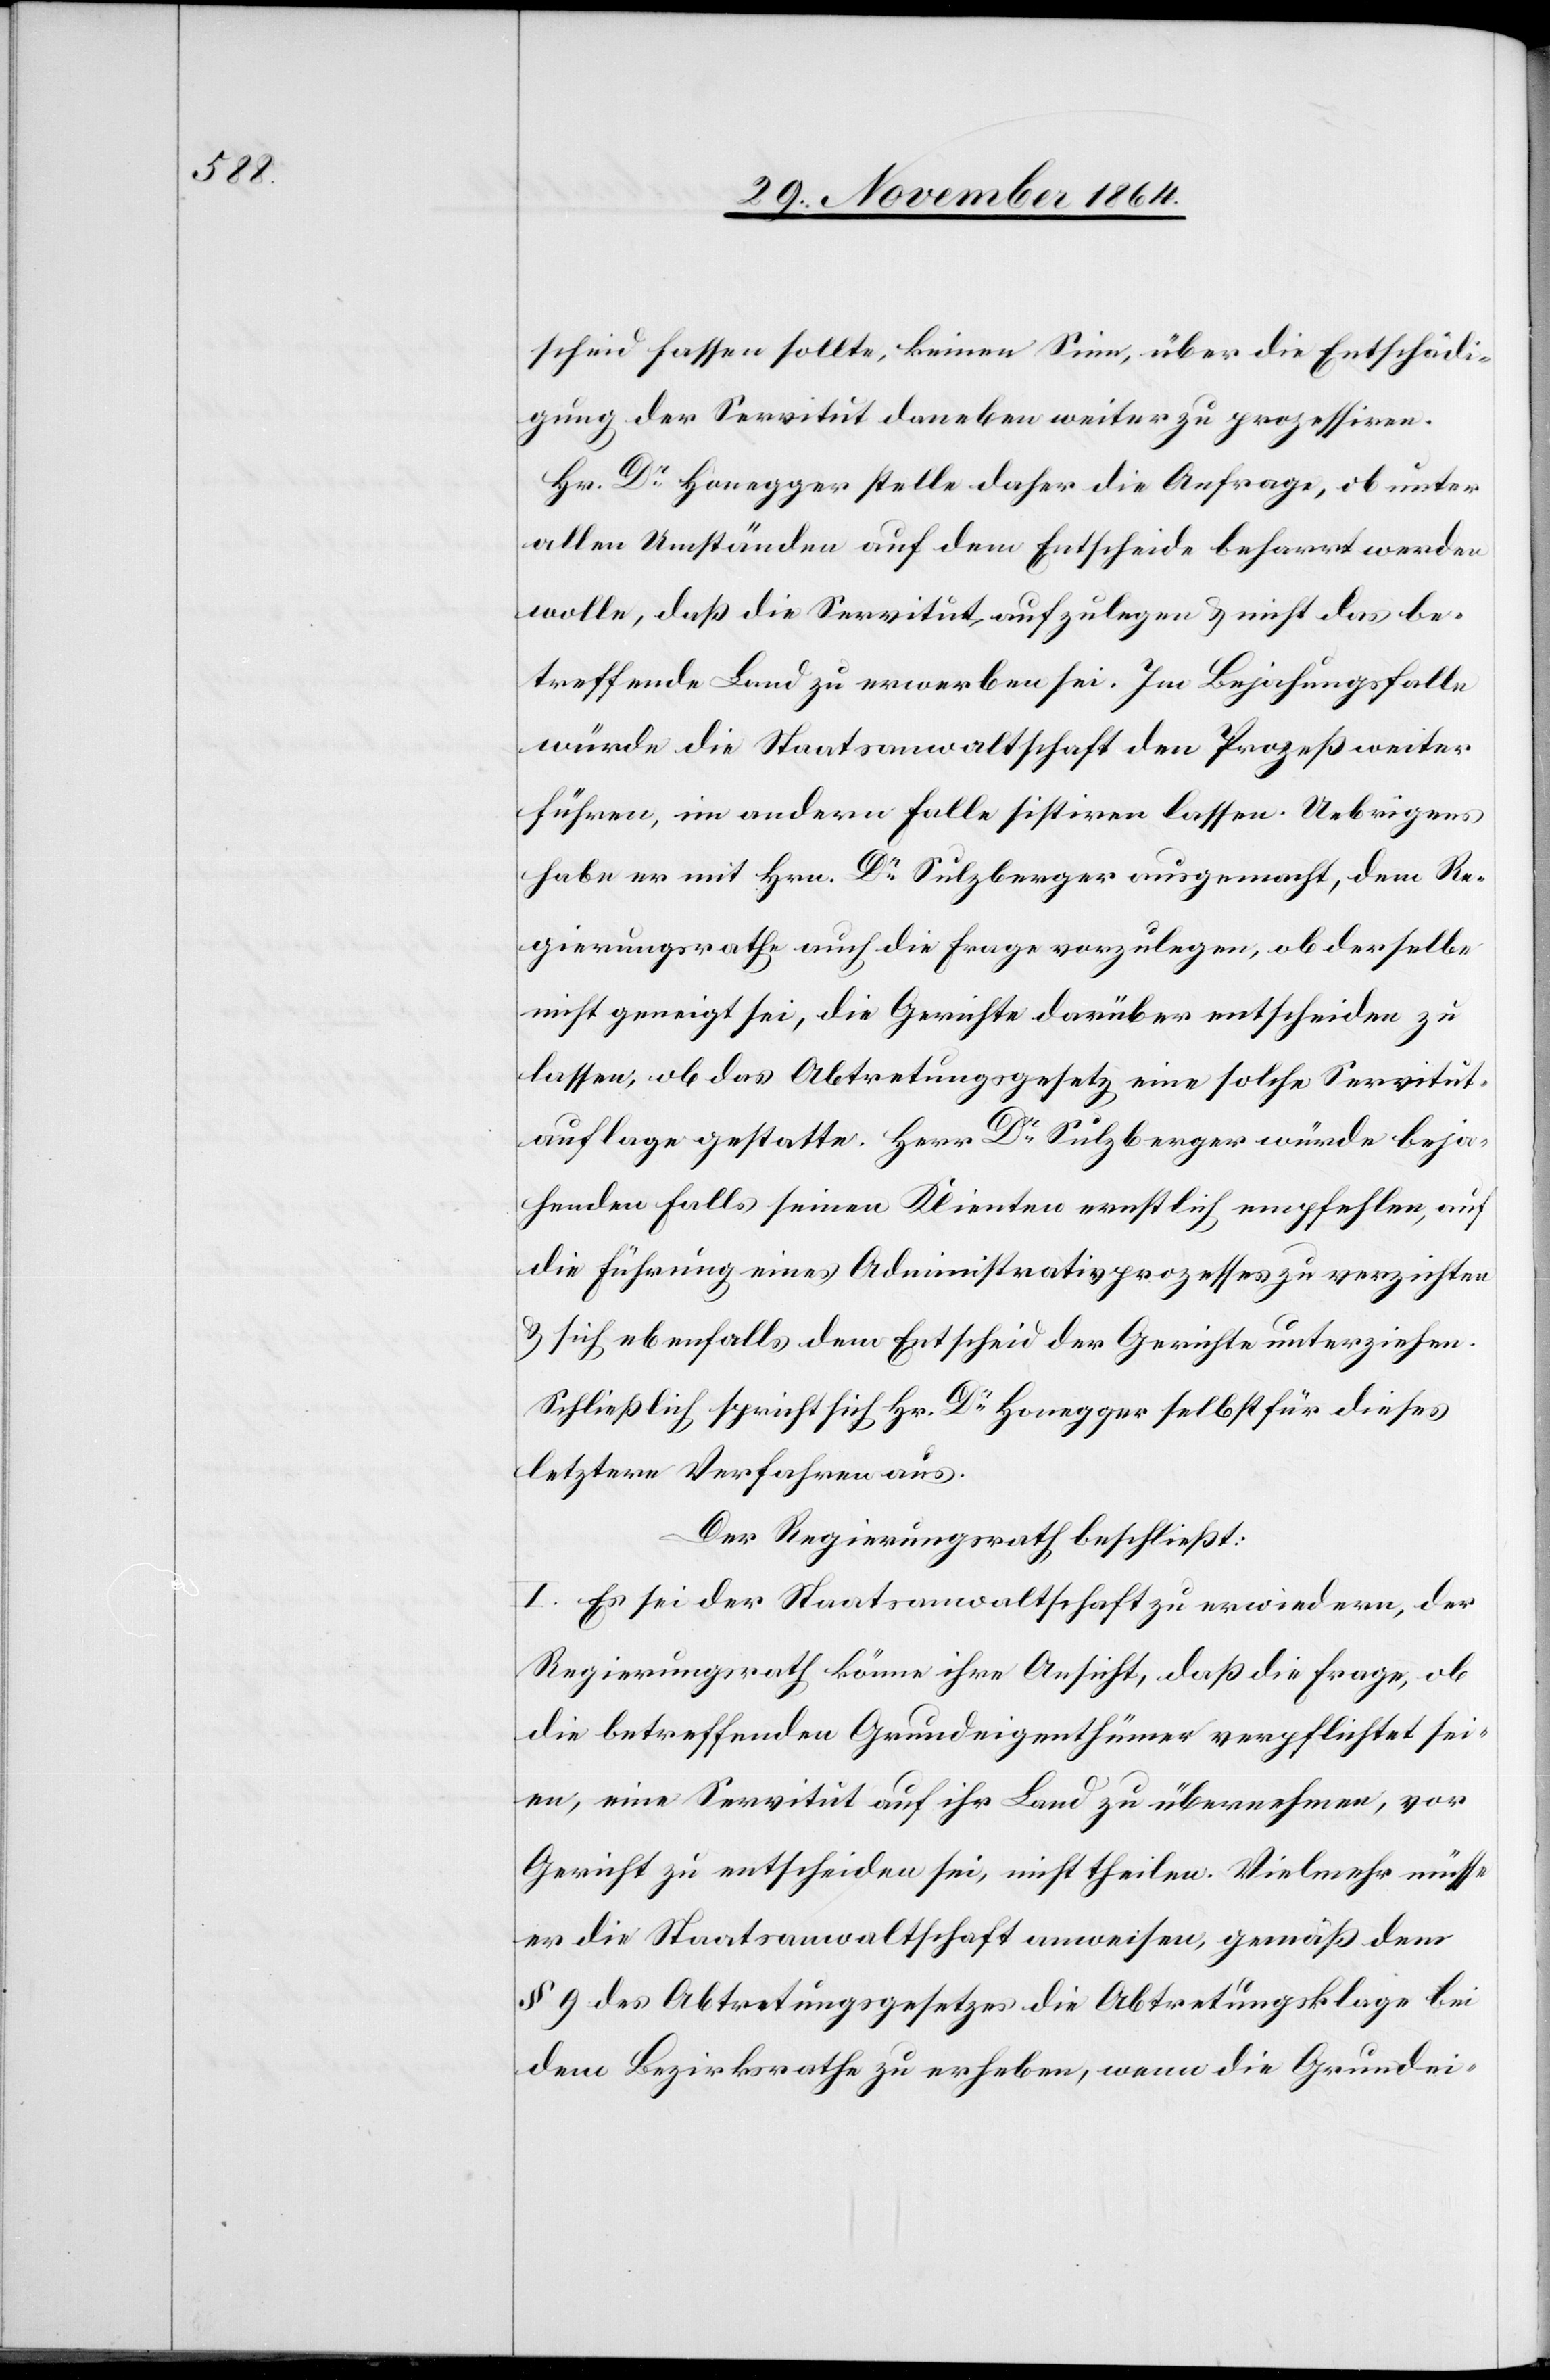
Servitut¬

scheid fassen sollte, keinen Sinn, über die Entschädi¬
gung der Servitut daneben weiter zu prozessiren.
Hr. Dr Honegger stelle daher die Anfrage, ob unter
allen Umständen auf dem Entscheide beharrt werden
wolle, daß die Servitut aufzulegen & nicht das be¬
treffende Land zu erwerben sei. Im Bejahungsfalle
würde die Staatsanwaltschaft den Prozeß weiter
führen, im andern Falle sistiren lassen. Uebrigens
habe er mit Hrn. Dr Sulzberger ausgemacht, dem Re¬
gierungsrathe auch die Frage vorzulegen, ob derselbe
nicht geneigt sei, die Gerichte darüber entscheiden zu
auflage gestatte. Herr Dr Sulzberger würde beja¬
henden Falls seinen Klienten rechtlich empfehlen, auf
die Führung eines Administrativprozesses zu verzichten
& sich ebenfalls dem Entscheid der Gerichte unterziehen.
Schließlich spricht sich Hr. Dr Honegger selbst für dieses
letztere Verfahren aus.
Der Regierungsrath beschließt:
I. Es sei der Staatsanwaltschaft zu erwiedern, der
Regierungsrath könne ihre Ansicht, daß die Frage, ob
die betreffenden Grundeigenthümer verpflichtet sei¬
en, eine Servitut auf ihr Land zu übernehmen, vor
Gericht zu entscheiden sei, nicht theilen. Vielmehr müsse
er die Staatsanwaltschaft anweisen, gemäß dem
§ 9 des Abtretungsgesetzes die Abtretungsklage bei
dem Bezirksrathe zu erheben, wenn die Grundei-